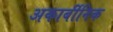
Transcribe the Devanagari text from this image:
अकार्बीनिक